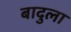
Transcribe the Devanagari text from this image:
बादुला